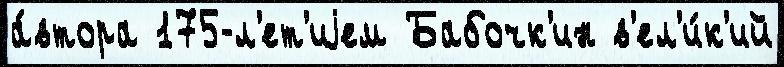
а́втора 175-л'ет'иjем Бабочк'ин в'ел'и́к'ий